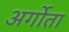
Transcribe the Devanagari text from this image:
अर्गोता